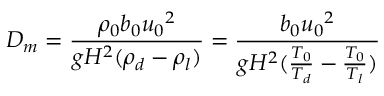
D _ { m } = \frac { \rho _ { 0 } b _ { 0 } { u _ { 0 } } ^ { 2 } } { g H ^ { 2 } ( \rho _ { d } - \rho _ { l } ) } = \frac { b _ { 0 } { u _ { 0 } } ^ { 2 } } { g H ^ { 2 } ( \frac { T _ { 0 } } { T _ { d } } - \frac { T _ { 0 } } { T _ { l } } ) }